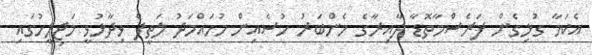
އެކަމާ ގުޅިގެން ފަރެސްމާތޮޑާ ދާއިރާގެ މެންބަރު ހުސެއިން މުހައްމަދު ލަތީފް ވިދާޅުވީ މަޖިލީހުގައި